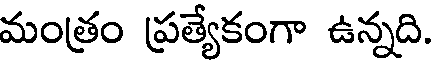
మంత్రం ప్రత్యేకంగా ఉన్నది.